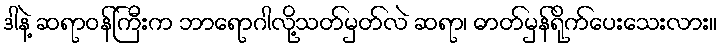
ဒါနဲ့ ဆရာဝန်ကြီးက ဘာရောဂါလို့သတ်မှတ်လဲ ဆရာ၊ ဓာတ်မှန်ရိုက်ပေးသေးလား။